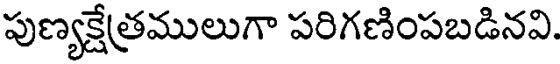
పుణ్యక్షేత్రములుగా పరిగణింపబడినవి.